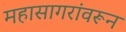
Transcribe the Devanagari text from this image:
महासागरांवरून